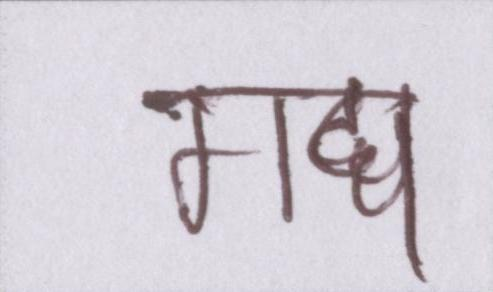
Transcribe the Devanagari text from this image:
गद्य